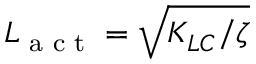
L _ { \footnotesize { \mathrm { ~ a ~ c ~ t ~ } } } = \sqrt { { K _ { L C } } / { \zeta } }